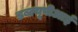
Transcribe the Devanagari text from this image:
डब्ल्यूपीआई